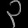
Digit: ၃